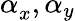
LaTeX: \alpha_{x}^{},\alpha_{y}